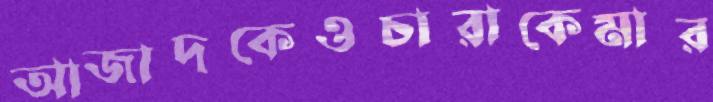
আজাদকেওচারাকেমার